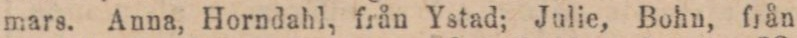
mars. Anna, Horndahl, från Ystad; Julie, Bohn, från